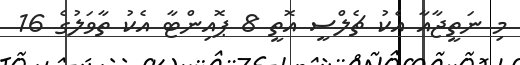
މި ނަތީޖާއާ އެކު ޗެލްސީ އޮތީ 8 ޕޮއިންޓާ އެކު ތާވަލުގެ 16